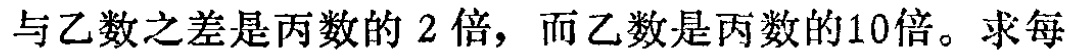
与乙数之差是丙数的 2 倍，而乙数是丙数的10倍。求每